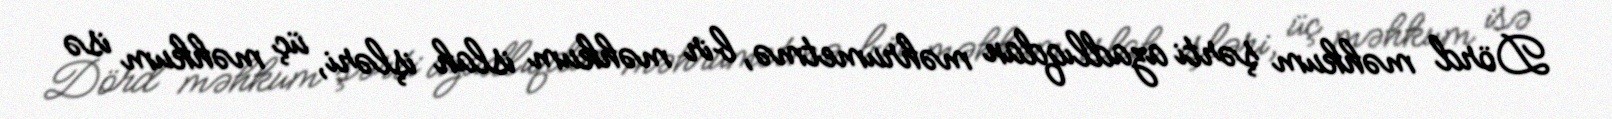
Dörd məhkum şərti azadlıqdan məhrumetmə, bir məhkum islah işləri, üç məhkum isə